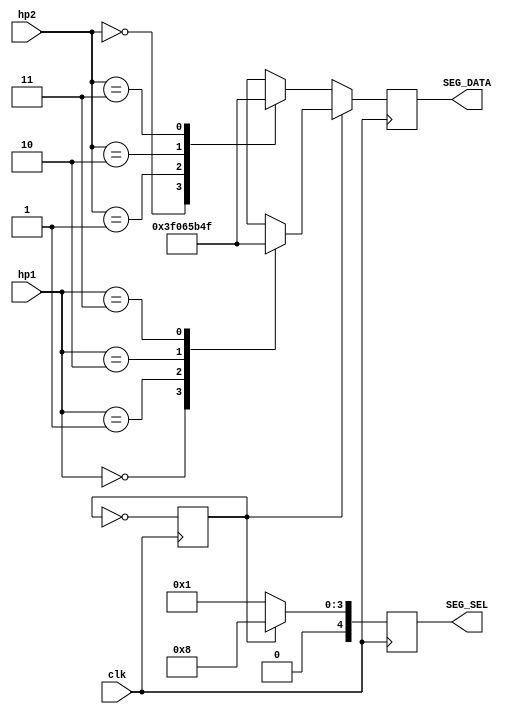
module SevenSeg(clk, hp1, hp2, SEG_SEL, SEG_DATA);

	input clk;
	input [1:0] hp1;
	input [1:0] hp2;
	output reg [4:0] SEG_SEL;
	output reg [7:0] SEG_DATA;
	reg control=0;

	always @ (posedge clk)
	begin
		if(control)
		begin
			case(hp1)
				2'b00 : SEG_DATA = 8'b00111111;
				2'b01 : SEG_DATA = 8'b00000110;
				2'b10 : SEG_DATA = 8'b01011011;
				2'b11 : SEG_DATA = 8'b01001111;
			endcase
			SEG_SEL=5'b01000;
		end
		else
		begin
			case(hp2)
				2'b00 : SEG_DATA = 8'b00111111;
				2'b01 : SEG_DATA = 8'b00000110;
				2'b10 : SEG_DATA = 8'b01011011;
				2'b11 : SEG_DATA = 8'b01001111;
			endcase
			SEG_SEL=5'b00001;
		end
		control = ~control;
	end
endmodule